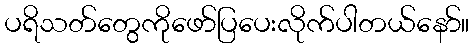
ပရိသတ်တွေကိုဖော်ပြပေးလိုက်ပါတယ်နော်။